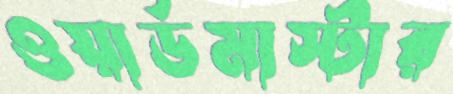
ওয়ার্ডমাস্টার